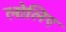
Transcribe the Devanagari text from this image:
लोलिए